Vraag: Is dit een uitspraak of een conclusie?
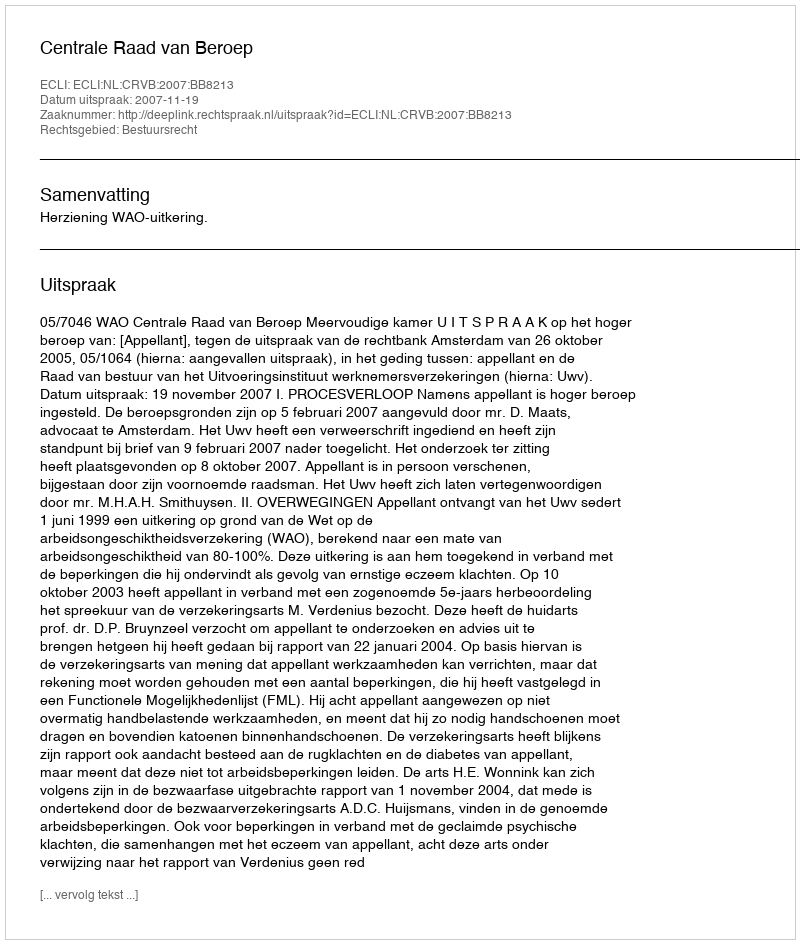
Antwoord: Uitspraak